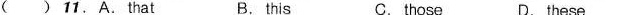
( ) 11.A.That B. this C. those D. these